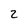
Character: 2